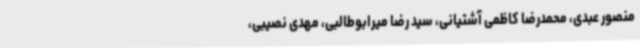
منصور عبدی، محمدرضا کاظمی آشتیانی، سید رضا میرابوطالبی، مهدی نصیبی،